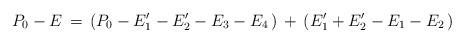
LaTeX: \begin{align*}P_0-E\,=\,(P_0-E'_1-E'_2-E_3-E_4\,)\,+\,(E'_1+E'_2-E_1-E_2\,)\end{align*}